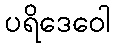
ပရိဒေဝေါ